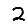
Digit: 2